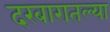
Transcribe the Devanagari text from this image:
दरबारातल्या